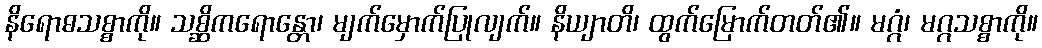
နိရောဓသစ္စာကို။ သစ္ဆိကရောန္တော၊ မျက်မှောက်ပြုလျက်။ နိယျာတိ၊ ထွက်မြောက်တတ်၏။ မဂ္ဂံ၊ မဂ္ဂသစ္စာကို။